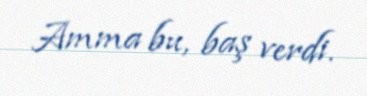
Amma bu, baş verdi.